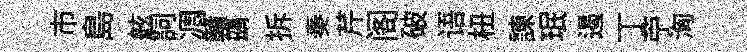
市島舷詞凋贛鷀拆奏芹阁破语杻諫珉遏丁苧洶